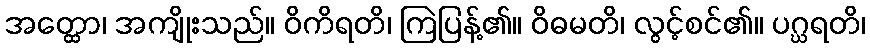
အတ္ထော၊ အကျိုးသည်။ ဝိကိရတိ၊ ကြဲပြန့်၏။ ဝိဓမတိ၊ လွင့်စင်၏။ ပဂ္ဃရတိ၊